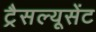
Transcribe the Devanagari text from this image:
ट्रैसल्यूसेंट